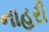
નાહરી